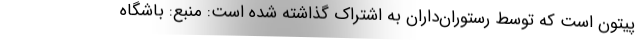
پیتون است که توسط رستوران‌داران به اشتراک گذاشته شده است: منبع: باشگاه